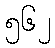
၅၆၂